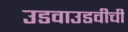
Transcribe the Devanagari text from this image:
उडवाउडवीची